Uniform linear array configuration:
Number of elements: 16
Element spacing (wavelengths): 0.25
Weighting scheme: exponential
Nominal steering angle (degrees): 30
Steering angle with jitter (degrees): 30.326
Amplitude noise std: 0.05
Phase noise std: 0.05

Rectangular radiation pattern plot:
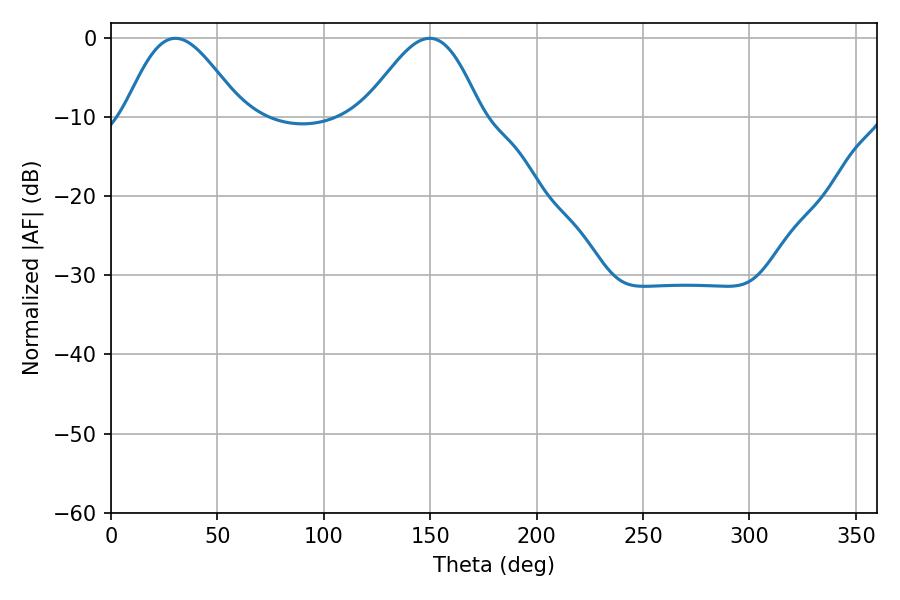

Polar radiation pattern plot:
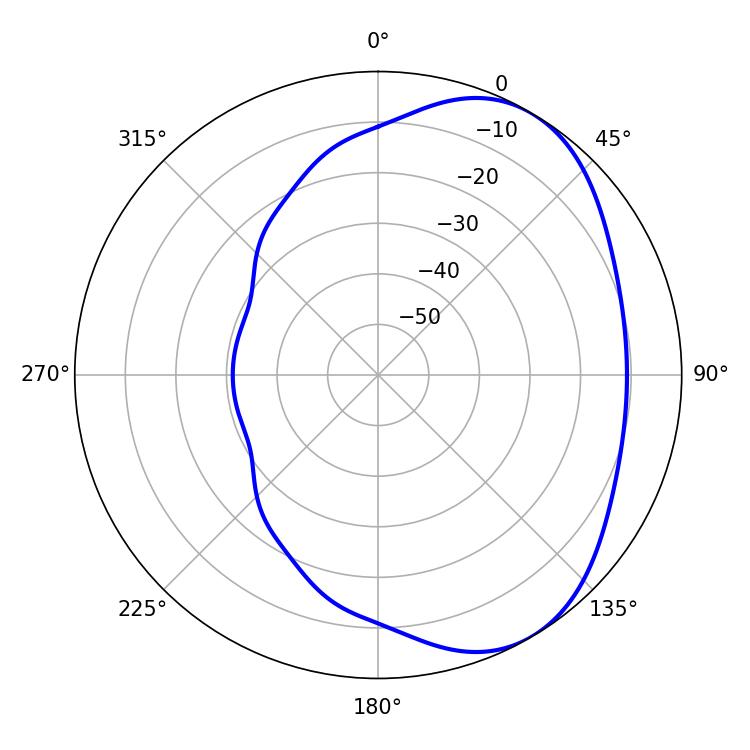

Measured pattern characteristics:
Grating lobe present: FALSE
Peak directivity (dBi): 4.752
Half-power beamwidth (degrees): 29.34
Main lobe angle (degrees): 30.24